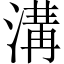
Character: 溝